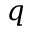
q